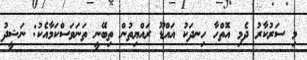
މި ސަރުކާރު ދެމި އޮތްހާ ހިނދަކު އައްޑޫ ރައްޔިތުން ތިބޭނީ ތަނަވަސްކަމާއެކު: ނަޝީދު